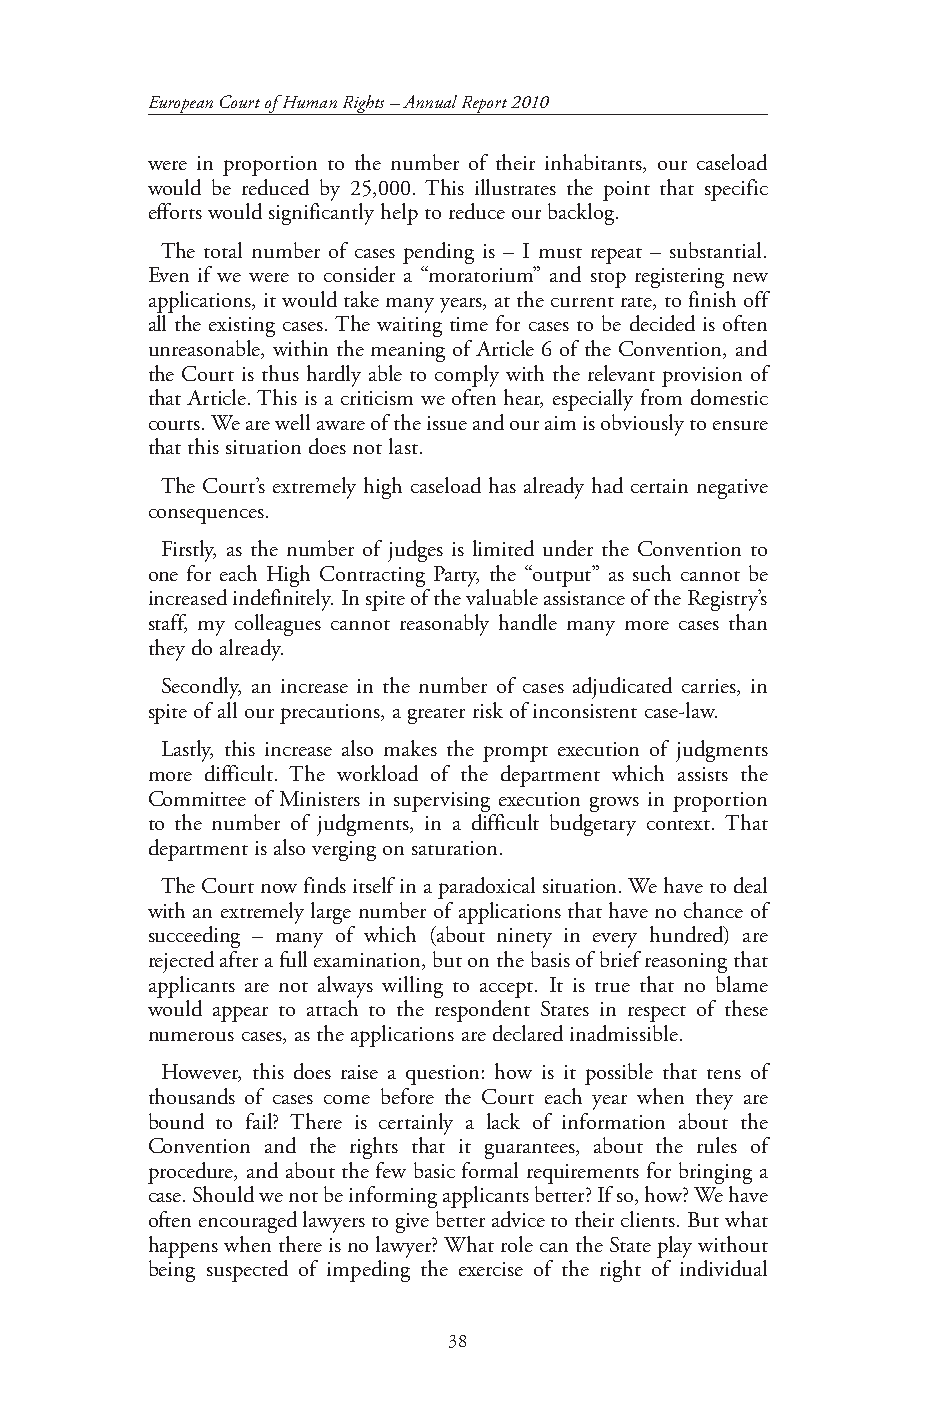
European Court of Human Rights – Annual Report 2010
 were in proportion to the number of their inhabitants, our caseload
 would be reduced by 25,000. This illustrates the point that specific
 efforts would significantly help to reduce our backlog.
 The total number of cases pending is – I must repeat – substantial.
 Even if we were to consider a “moratorium” and stop registering new
 applications, it would take many years, at the current rate, to finish off
 all the existing cases. The waiting time for cases to be decided is often
 unreasonable, within the meaning of Article 6 of the Convention, and
 the Court is thus hardly able to comply with the relevant provision of
 that Article. This is a criticism we often hear, especially from domestic
 courts. We are well aware of the issue and our aim is obviously to ensure
 that this situation does not last.
 The Court’s extremely high caseload has already had certain negative
 consequences.
 Firstly, as the number of judges is limited under the Convention to
 one for each High Contracting Party, the “output” as such cannot be
 increased indefinitely. In spite of the valuable assistance of the Registry’s
 staff, my colleagues cannot reasonably handle many more cases than
 they do already.
 Secondly, an increase in the number of cases adjudicated carries, in
 spite of all our precautions, a greater risk of inconsistent case-law.
 Lastly, this increase also makes the prompt execution of judgments
 more difficult. The workload of the department which assists the
 Committee of Ministers in supervising execution grows in proportion
 to the number of judgments, in a difficult budgetary context. That
 department is also verging on saturation.
 The Court now finds itself in a paradoxical situation. We have to deal
 with an extremely large number of applications that have no chance of
 succeeding – many of which (about ninety in every hundred) are
 rejected after a full examination, but on the basis of brief reasoning that
 applicants are not always willing to accept. It is true that no blame
 would appear to attach to the respondent States in respect of these
 numerous cases, as the applications are declared inadmissible.
 However, this does raise a question: how is it possible that tens of
 thousands of cases come before the Court each year when they are
 bound to fail? There is certainly a lack of information about the
 Convention and the rights that it guarantees, about the rules of
 procedure, and about the few basic formal requirements for bringing a
 case. Should we not be informing applicants better? If so, how? We have
 often encouraged lawyers to give better advice to their clients. But what
 happens when there is no lawyer? What role can the State play without
 being suspected of impeding the exercise of the right of individual
 38